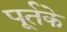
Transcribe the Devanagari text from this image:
पूर्तके